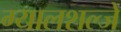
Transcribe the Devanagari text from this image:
ग्यालशल्जे